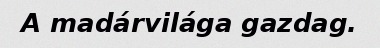
A madárvilága gazdag.